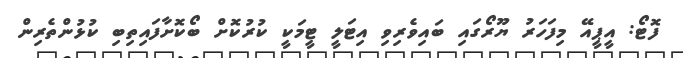
ފޮޓޯ: އީޕީއޭ މިފަހަރު ޔޫރޯގައި ބައިވެރިވި އިޓަލީ ޓީމަކީ ކުރުކޮށް ބޯކޮށާފައިތިބި ކުޅުންތެރިން